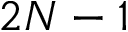
2 N - 1